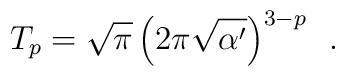
T_p=\sqrt{\pi}\,\Big(2\pi\sqrt{\alpha'}\Big)^{3-p}~~.\nonumber